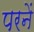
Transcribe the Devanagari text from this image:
परनें